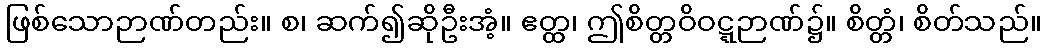
ဖြစ်သောဉာဏ်တည်း။ စ၊ ဆက်၍ဆိုဦးအံ့။ ဧတ္ထ၊ ဤစိတ္တဝိဝဋ္ဋဉာဏ်၌။ စိတ္တံ၊ စိတ်သည်။